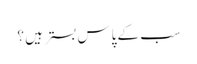
سب کے پاس بستر ہیں ؟